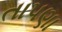
તાપણા